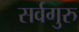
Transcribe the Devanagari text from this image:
सर्वगुरु